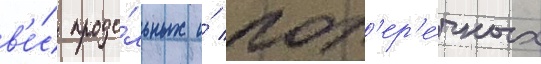
в'е́с продо́льных и́ поп'ер'е́чных